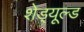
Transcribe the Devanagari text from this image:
शेड्‌यूल्ड